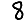
Digit: 8